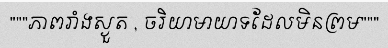
"""ភាពរាំងស្ងួត , ចរិយាមាយាទដែលមិនព្រម"""